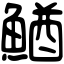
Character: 鰌